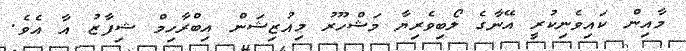
މާއިން ކައިވެނިކުރީ އޭނާގެ ލޯބިވެރިޔާ މަޝްހޫރު މިއުޒިޝަން އިބްރާހިމް ޝިފާޒު އާ އެވެ.